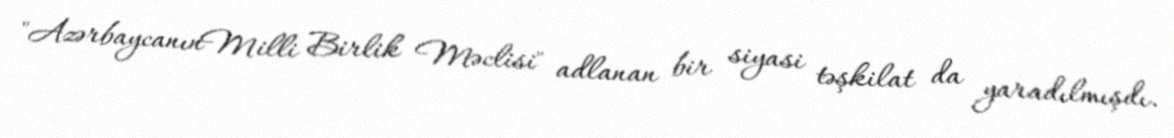
"AzərbaycanınMilli Birlik Məclisi" adlanan bir siyasi təşkilat da yaradılmışdı.